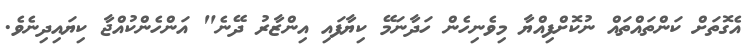
އެގޮތަށް ކަންތައްތައް ނުކޮށްފިއްޔާ މިވެނިހެން ހަދާނަމޭ ކިޔާފައި އިންޒާރު ދޭނެ" އަންހެންކުއްޖާ ކިޔައިދިނެވެ.